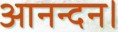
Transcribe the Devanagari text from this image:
आनन्दन।